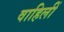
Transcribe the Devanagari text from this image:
वाहिलीं